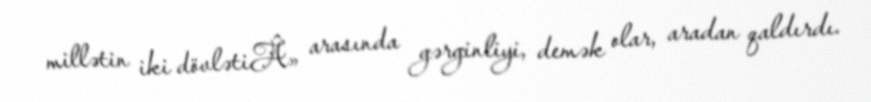
millətin iki dövlətiÂ» arasında gərginliyi, demək olar, aradan qaldırdı.